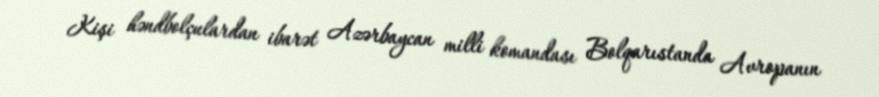
Kişi həndbolçulardan ibarət Azərbaycan milli komandası Bolqarıstanda Avropanın